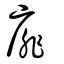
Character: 厞